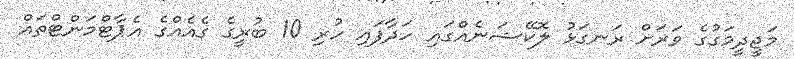
މަޖީދީމަގުގެ ވަރަށް ރަނގަޅު ލޮކޭޝަނެއްގައި ހަދާފައި ހުރި 10 ބުރީގެ ގެއެއްގެ އެޕާޓްމަންޓްތައް